Lunatic asylums Central Provinces reports 1886-1894 - 1886-1894
Year: 1886
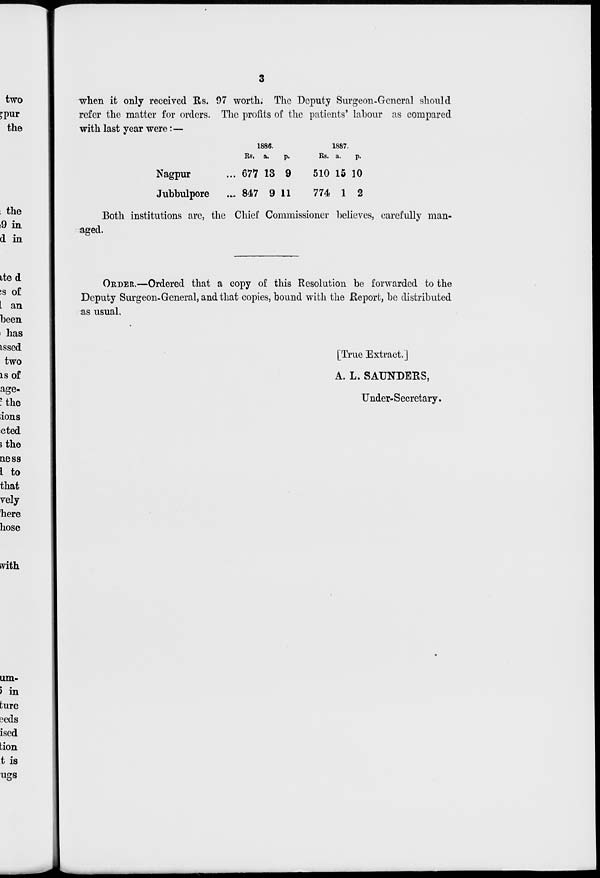
3
when it only received Rs. 97 worth. The Deputy Surgeon-General should
refer the matter for orders. The profits of the patients labour as compared
with last year were:—
Nagpur ...
Jubbulpore ...
1886.
Rs.
677
847
a.
13
9
p.
9
11
1887.
Rs.
510
774
a.
15
1
p.
10
2
Both institutions are, the Chief Commissioner believes, carefully man-
aged.
ORDER.—Ordered that a copy of this Resolution be forwarded to the
Deputy Surgeon-General, and that copies, bound with the Report, be distributed
as usual.
[True Extract.]
A. L. SAUNDERS,
Under-Secretary.